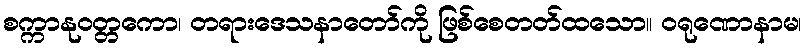
စက္ကာနုဝတ္တကော၊ တရားဒေသနာတော်ကို ဖြစ်စေတတ်ထသော။ ဝရုဏောနာမ၊